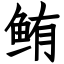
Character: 鲔